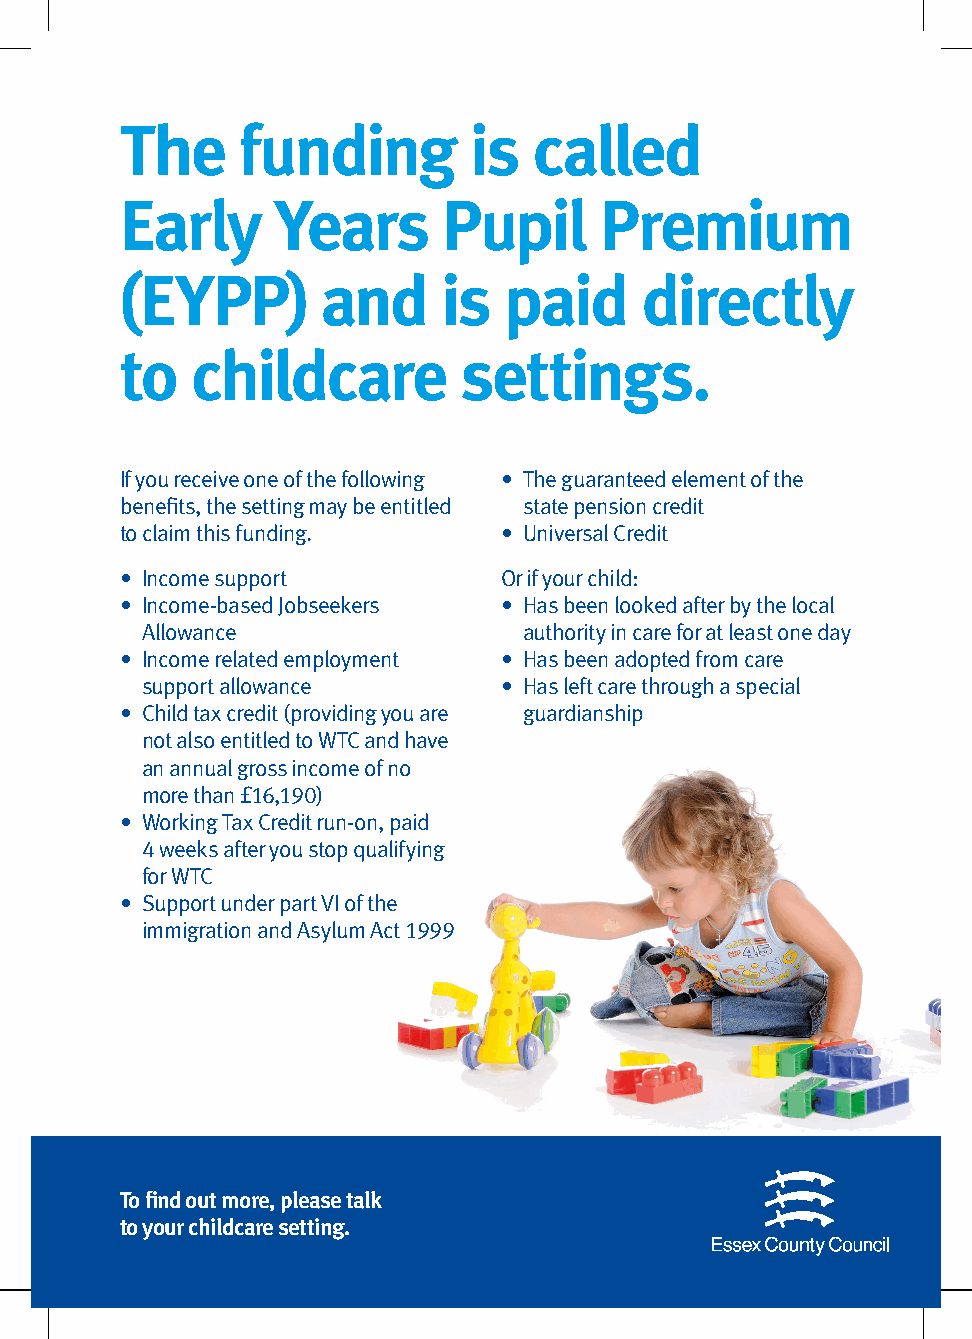
The     funding        is  called
 Early     Years      Pupil      Premium
 (EYPP)       and     is  paid     directly
 to   childcare        settings.
 If you receive one of the following • T he guaranteed element of the
 benefits, the setting may be entitled state pension credit
 to claim this funding.   • Universal Credit
 • Income support         Or if your child:
 • Income-based Jobseekers • H as been looked after by the local
 Allowance                 authority in care for at least one day
 • I ncome related employment • Has been adopted from care
 support allowance       • H as left care through a special
 • C hild tax credit (providing you are guardianship
 not also entitled to WTC and have
 an annual gross income of no
 more than £16,190)
 • W orking Tax Credit run-on, paid
 4 weeks after you stop qualifying
 for WTC
 • S upport under part VI of the
 immigration and Asylum Act 1999
 To find out more, please talk
 to your childcare setting.